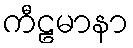
ကီဠမာနာ